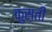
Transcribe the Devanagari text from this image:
कुस़ती